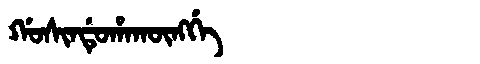
Manchu: ᡤᠣᠰᡳᠨᡩᡠᡥᠠᡴᡡᠩᡤᡝ
Romanization: GOSINDUHAKŪNGGE